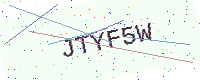
Text: JTYF5W